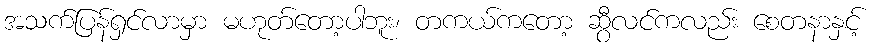
အသက်ပြန်ရှင်လာမှာ မဟုတ်တော့ပါဘူး၊ တကယ်ကတော့ ဆွီလင်ကလည်း စေတနာနှင့်